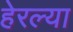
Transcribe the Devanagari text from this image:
हेरल्या